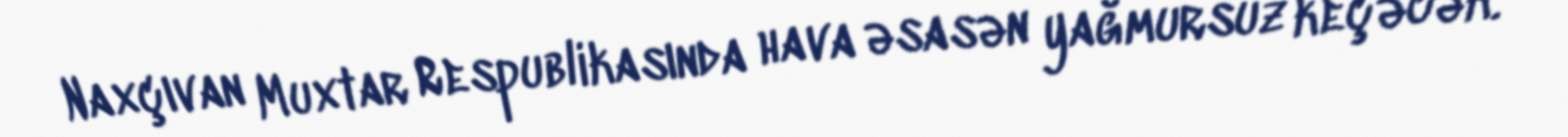
Naxçıvan Muxtar Respublikasında hava əsasən yağmursuz keçəcək.